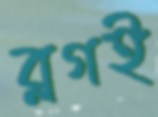
ব্লগই